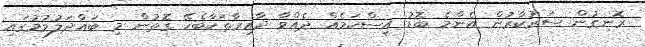
ރޮނގުން ސަރުކާރުން އެންމެ ބޮޑު އިސްކަމެއް ދެއްވާ ދާއިރާތަކާބެހޭ ގޮތުން މި ބައްދަލުވުމުގައި